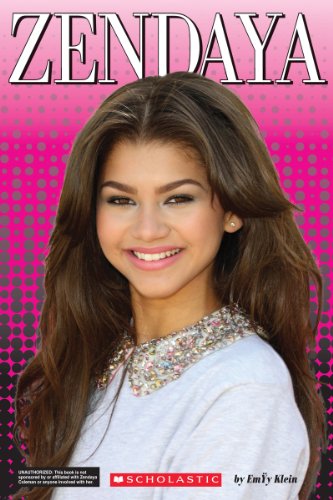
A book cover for Zendaya; Emily Klein; Children's Books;